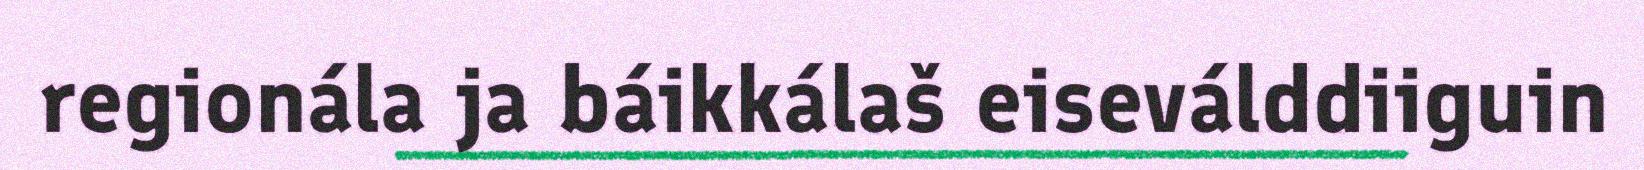
regionála ja báikkálaš eiseválddiiguin